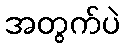
အတွက်ပဲ